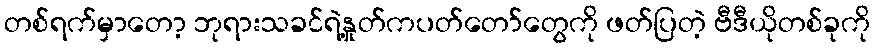
တစ်ရက်မှာတော့ ဘုရားသခင်ရဲ့နှုတ်ကပတ်တော်တွေကို ဖတ်ပြတဲ့ ဗီဒီယိုတစ်ခုကို